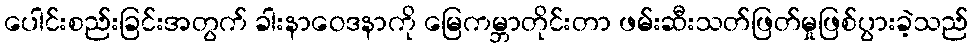
ပေါင်းစည်းခြင်းအတွက် ခါးနာဝေဒနာကို မြေကမ္ဘာတိုင်းတာ ဖမ်းဆီးသတ်ဖြတ်မှုဖြစ်ပွားခဲ့သည်